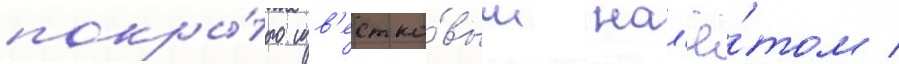
покры́того изв'естко́вым нал'ё́том /